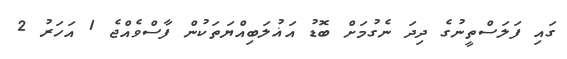
ގައި ފަލަސްތީނުގެ ދިދަ ނެގުމަށް ބޮޑު އަޣުލަބިއްޔަތަކުން ފާސްވެއްޖެ 1 އަހަރު 2